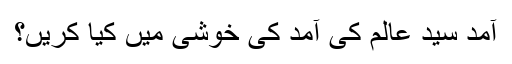
آمدِ سیدِ عالم کی آمد کی خوشی میں کیا کریں؟